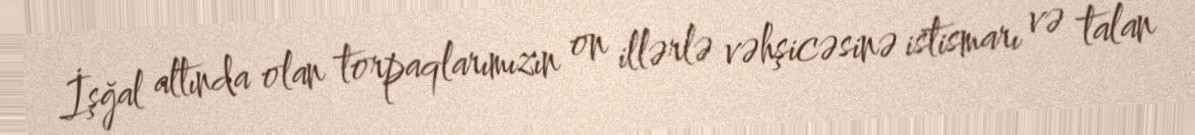
İşğal altında olan torpaqlarımızın on illərlə vəhşicəsinə istismarı və talan